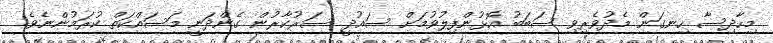
މިހާދިސާ ހިނގަން މެދުވެރިވި ސަބަބު އޮޅުންފިލުވުމަށް ސައުދީ ސަރުކާރުން ގެންދަނީ މަސައްކަތް ކުރަމުންނެވެ.